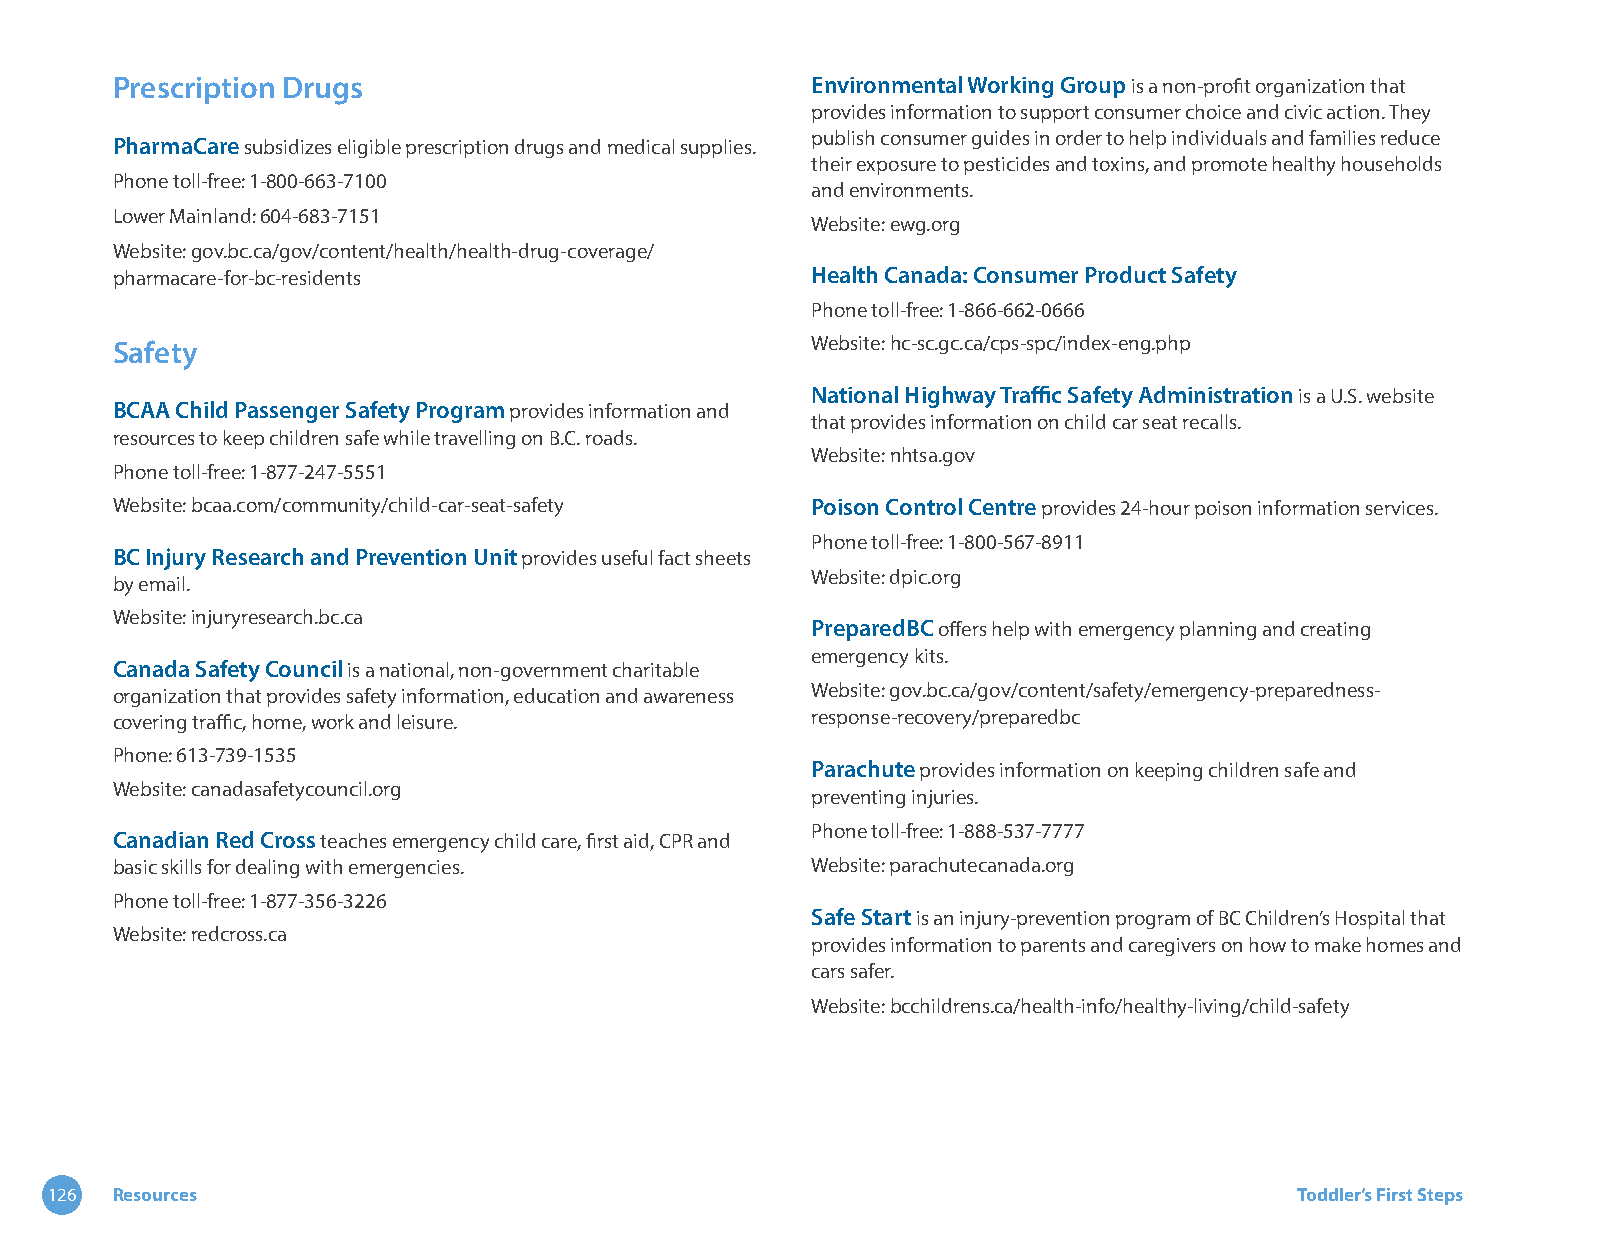
Prescription Drugs                             Environmental Working Group is a non-profit organization that
 provides information to support consumer choice and civic action. They
 PharmaCare subsidizes eligible prescription drugs and medical supplies. publish consumer guides in order to help individuals and families reduce
 their exposure to pesticides and toxins, and promote healthy households
 Phone toll-free: 1-800-663-7100
 and environments.
 Lower Mainland: 604-683-7151
 Website: ewg.org
 Website: gov.bc.ca/gov/content/health/health-drug-coverage/
 pharmacare-for-bc-residents                    Health Canada: Consumer Product Safety
 Phone toll-free: 1-866-662-0666
 Safety                                         Website: hc-sc.gc.ca/cps-spc/index-eng.php
 National Highway Traffic Safety Administration is a U.S. website
 BCAA Child Passenger Safety Program provides information and
 that provides information on child car seat recalls.
 resources to keep children safe while travelling on B.C. roads.
 Website: nhtsa.gov
 Phone toll-free: 1-877-247-5551
 Website: bcaa.com/community/child-car-seat-safety Poison Control Centre provides 24-hour poison information services.
 Phone toll-free: 1-800-567-8911
 BC Injury Research and Prevention Unit provides useful fact sheets
 Website: dpic.org
 by email.
 Website: injuryresearch.bc.ca
 PreparedBC offers help with emergency planning and creating
 emergency kits.
 Canada Safety Council is a national, non-government charitable
 organization that provides safety information, education and awareness Website: gov.bc.ca/gov/content/safety/emergency-preparedness-
 covering traffic, home, work and leisure.      response-recovery/preparedbc
 Phone: 613-739-1535
 Parachute provides information on keeping children safe and
 Website: canadasafetycouncil.org
 preventing injuries.
 Phone toll-free: 1-888-537-7777
 Canadian Red Cross teaches emergency child care, first aid, CPR and
 basic skills for dealing with emergencies.     Website: parachutecanada.org
 Phone toll-free: 1-877-356-3226
 Safe Start is an injury-prevention program of BC Children’s Hospital that
 Website: redcross.ca
 provides information to parents and caregivers on how to make homes and
 cars safer.
 Website: bcchildrens.ca/health-info/healthy-living/child-safety
 126 Resources                                                                      Toddler’s First Steps